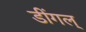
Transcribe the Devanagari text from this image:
डींगल्